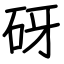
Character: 砑